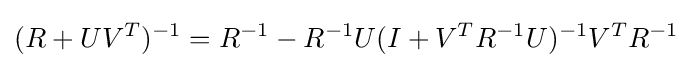
(R+UV^{T})^{-1}=R^{-1}-R^{-1}U(I+V^{T}R^{-1}U)^{-1}V^{T}R^{-1}